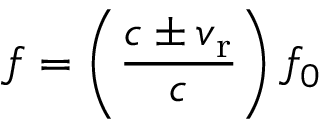
f = \left( { \frac { c \pm v _ { \mathrm { r } } } { c } } \right) f _ { 0 }